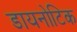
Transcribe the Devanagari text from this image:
डायनोटिक